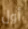
أول